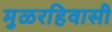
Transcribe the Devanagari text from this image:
मुळरहिवासी